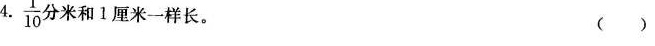
4. $$\frac{1}{10}$$ 分米和1厘米一样长。 ( )